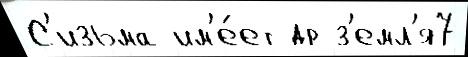
С'изьма им'е́ет др з'емл'я7